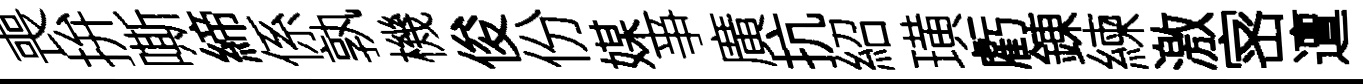
喪拚嘶締係孰機俊份媒亊廣抗紹璜虧錬練激宻邅